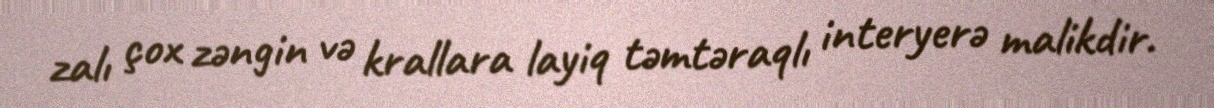
zalı çox zəngin və krallara layiq təmtəraqlı interyerə malikdir.